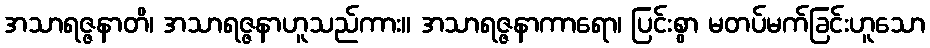
အသာရဇ္ဇနာတိ၊ အသာရဇ္ဇနာဟူသည်ကား။ အသာရဇ္ဇနာကာရော၊ ပြင်းစွာ မတပ်မက်ခြင်းဟူသော